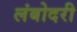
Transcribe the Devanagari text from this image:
लंबोदरी